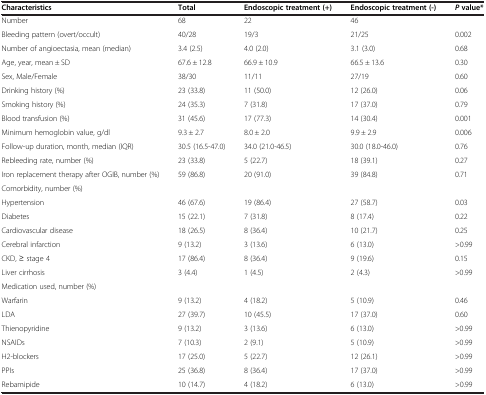
<table><thead><tr><td><b>Characteristics</b></td><td><b>Total</b></td><td><b>Endoscopic treatment (+)</b></td><td><b>Endoscopic treatment (-)</b></td><td><b><i>P</i>value*</b></td></tr></thead><tbody><tr><td>Number</td><td>68</td><td>22</td><td>46</td><td></td></tr><tr><td>Bleeding pattern (overt/occult)</td><td>40/28</td><td>19/3</td><td>21/25</td><td>0.002</td></tr><tr><td>Number of angioectasia, mean (median)</td><td>3.4 (2.5)</td><td>4.0 (2.0)</td><td>3.1 (3.0)</td><td>0.68</td></tr><tr><td>Age, year, mean ± SD</td><td>67.6 ± 12.8</td><td>66.9 ± 10.9</td><td>66.5 ± 13.6</td><td>0.30</td></tr><tr><td>Sex, Male/Female</td><td>38/30</td><td>11/11</td><td>27/19</td><td>0.60</td></tr><tr><td>Drinking history (%)</td><td>23 (33.8)</td><td>11 (50.0)</td><td>12 (26.0)</td><td>0.06</td></tr><tr><td>Smoking history (%)</td><td>24 (35.3)</td><td>7 (31.8)</td><td>17 (37.0)</td><td>0.79</td></tr><tr><td>Blood transfusion (%)</td><td>31 (45.6)</td><td>17 (77.3)</td><td>14 (30.4)</td><td>0.001</td></tr><tr><td>Minimum hemoglobin value, g/dl</td><td>9.3 ± 2.7</td><td>8.0 ± 2.0</td><td>9.9 ± 2.9</td><td>0.006</td></tr><tr><td>Follow-up duration, month, median (IQR)</td><td>30.5 (16.5-47.0)</td><td>34.0 (21.0-46.5)</td><td>30.0 (18.0-46.0)</td><td>0.76</td></tr><tr><td>Rebleeding rate, number (%)</td><td>23 (33.8)</td><td>5 (22.7)</td><td>18 (39.1)</td><td>0.27</td></tr><tr><td>Iron replacement therapy after OGIB, number (%)</td><td>59 (86.8)</td><td>20 (91.0)</td><td>39 (84.8)</td><td>0.71</td></tr><tr><td>Comorbidity, number (%)</td><td></td><td></td><td></td><td></td></tr><tr><td>Hypertension</td><td>46 (67.6)</td><td>19 (86.4)</td><td>27 (58.7)</td><td>0.03</td></tr><tr><td>Diabetes</td><td>15 (22.1)</td><td>7 (31.8)</td><td>8 (17.4)</td><td>0.22</td></tr><tr><td>Cardiovascular disease</td><td>18 (26.5)</td><td>8 (36.4)</td><td>10 (21.7)</td><td>0.25</td></tr><tr><td>Cerebral infarction</td><td>9 (13.2)</td><td>3 (13.6)</td><td>6 (13.0)</td><td>&gt;0.99</td></tr><tr><td>CKD, ≥ stage 4</td><td>17 (86.4)</td><td>8 (36.4)</td><td>9 (19.6)</td><td>0.15</td></tr><tr><td>Liver cirrhosis</td><td>3 (4.4)</td><td>1 (4.5)</td><td>2 (4.3)</td><td>&gt;0.99</td></tr><tr><td>Medication used, number (%)</td><td></td><td></td><td></td><td></td></tr><tr><td>Warfarin</td><td>9 (13.2)</td><td>4 (18.2)</td><td>5 (10.9)</td><td>0.46</td></tr><tr><td>LDA</td><td>27 (39.7)</td><td>10 (45.5)</td><td>17 (37.0)</td><td>0.60</td></tr><tr><td>Thienopyridine</td><td>9 (13.2)</td><td>3 (13.6)</td><td>6 (13.0)</td><td>&gt;0.99</td></tr><tr><td>NSAIDs</td><td>7 (10.3)</td><td>2 (9.1)</td><td>5 (10.9)</td><td>&gt;0.99</td></tr><tr><td>H2-blockers</td><td>17 (25.0)</td><td>5 (22.7)</td><td>12 (26.1)</td><td>&gt;0.99</td></tr><tr><td>PPIs</td><td>25 (36.8)</td><td>8 (36.4)</td><td>17 (37.0)</td><td>&gt;0.99</td></tr><tr><td>Rebamipide</td><td>10 (14.7)</td><td>4 (18.2)</td><td>6 (13.0)</td><td>&gt;0.99</td></tr></tbody></table>